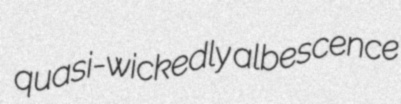
quasi-wickedly albescence